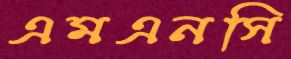
এমএনসি